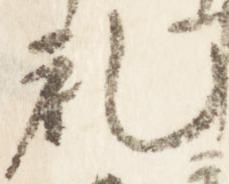
礼